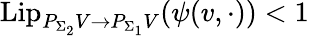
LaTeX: \mathrm{Lip}_{P_{\Sigma_{2}}V\to P_{\Sigma_{1}}V}({\psi}(v,\cdot))<1